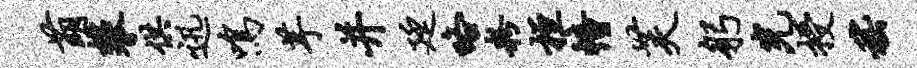
萌攀供迅鸣芋并廷咯粉桓幢芙躬光授嵇